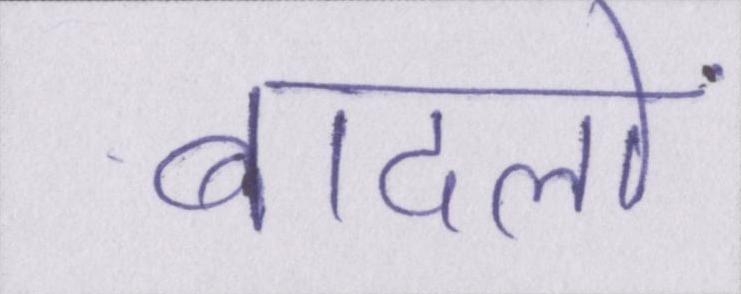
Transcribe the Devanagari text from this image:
बादलों